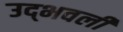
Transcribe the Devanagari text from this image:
उद्‍भवली